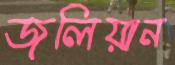
জুলিয়ান